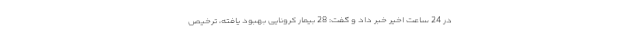
در 24 ساعت اخیر خبر داد و گفت: 28 بیمار کرونایی بهبود یافته، ترخیص